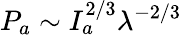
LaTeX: {P_{a}}\sim I_{a}^{2/3}{\lambda^{-2/3}}